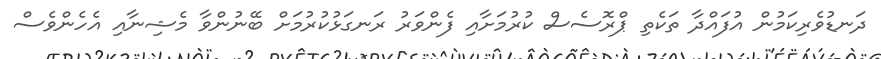
ދަނޑުވެރިކަމުން އުފައްދާ ތަކެތި ޕްރޮސެސް ކުރުމަށާއި ފެންވަރު ރަނގަޅުކުރުމަށް ބޭނުންވާ މެޝިނާއި އެހެންވެސް